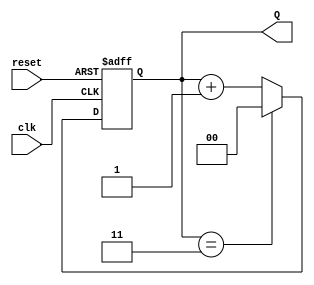
module binary_counter (
    input wire clk,         // Clock input
    input wire reset,       // Asynchronous reset input
    output reg [1:0] Q      // 2-bit output representing the current state
);

// State encoding
localparam MAX_COUNT = 2'b11; // Maximum value for a 2-bit counter

// Sequential logic for the counter
always @(posedge clk or posedge reset) begin
    if (reset) begin
        Q <= 2'b00; // Reset to state 00
    end else begin
        if (Q == MAX_COUNT) begin
            Q <= 2'b00; // Wrap around to state 00
        end else begin
            Q <= Q + 1; // Increment the counter
        end
    end
end

endmodule